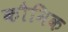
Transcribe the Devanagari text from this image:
कौमिक